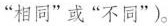
”相同”或”不同”)。